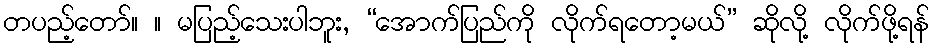
တပည့်တော်။ ။ မပြည့်သေးပါဘူး, “အောက်ပြည်ကို လိုက်ရတော့မယ်” ဆိုလို့ လိုက်ဖို့ရန်